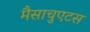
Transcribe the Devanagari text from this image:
मैसाचुएटस